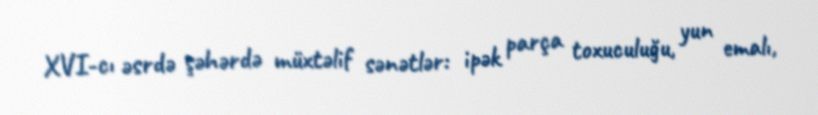
XVI-cı əsrdə şəhərdə müxtəlif sənətlər: ipək parça toxuculuğu, yun emalı,